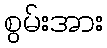
စွမ်းအား